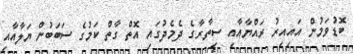
ބޮޑުވަމުން އައިއިރު ރައްޔާއާއި ސިތާރާގެ ދެމެދުގައި އޮތް ގާތް ކަމުގެ ސަބަބުން ޔަލާއާއި